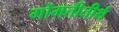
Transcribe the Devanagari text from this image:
गोमतीतीर्थ